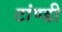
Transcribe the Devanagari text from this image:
टांण्डी